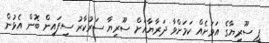
ޕީ ސޫރިޔާގެ އަވަށެއް ކަމަށްވާ ދަރާޔާއަށް ސޫރިޔާ ސަރުކާރު ސިފައިން ބޮން އެޅުން